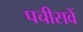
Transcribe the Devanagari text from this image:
पचीसवें